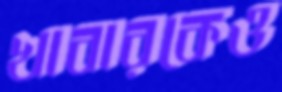
খাবারকেও